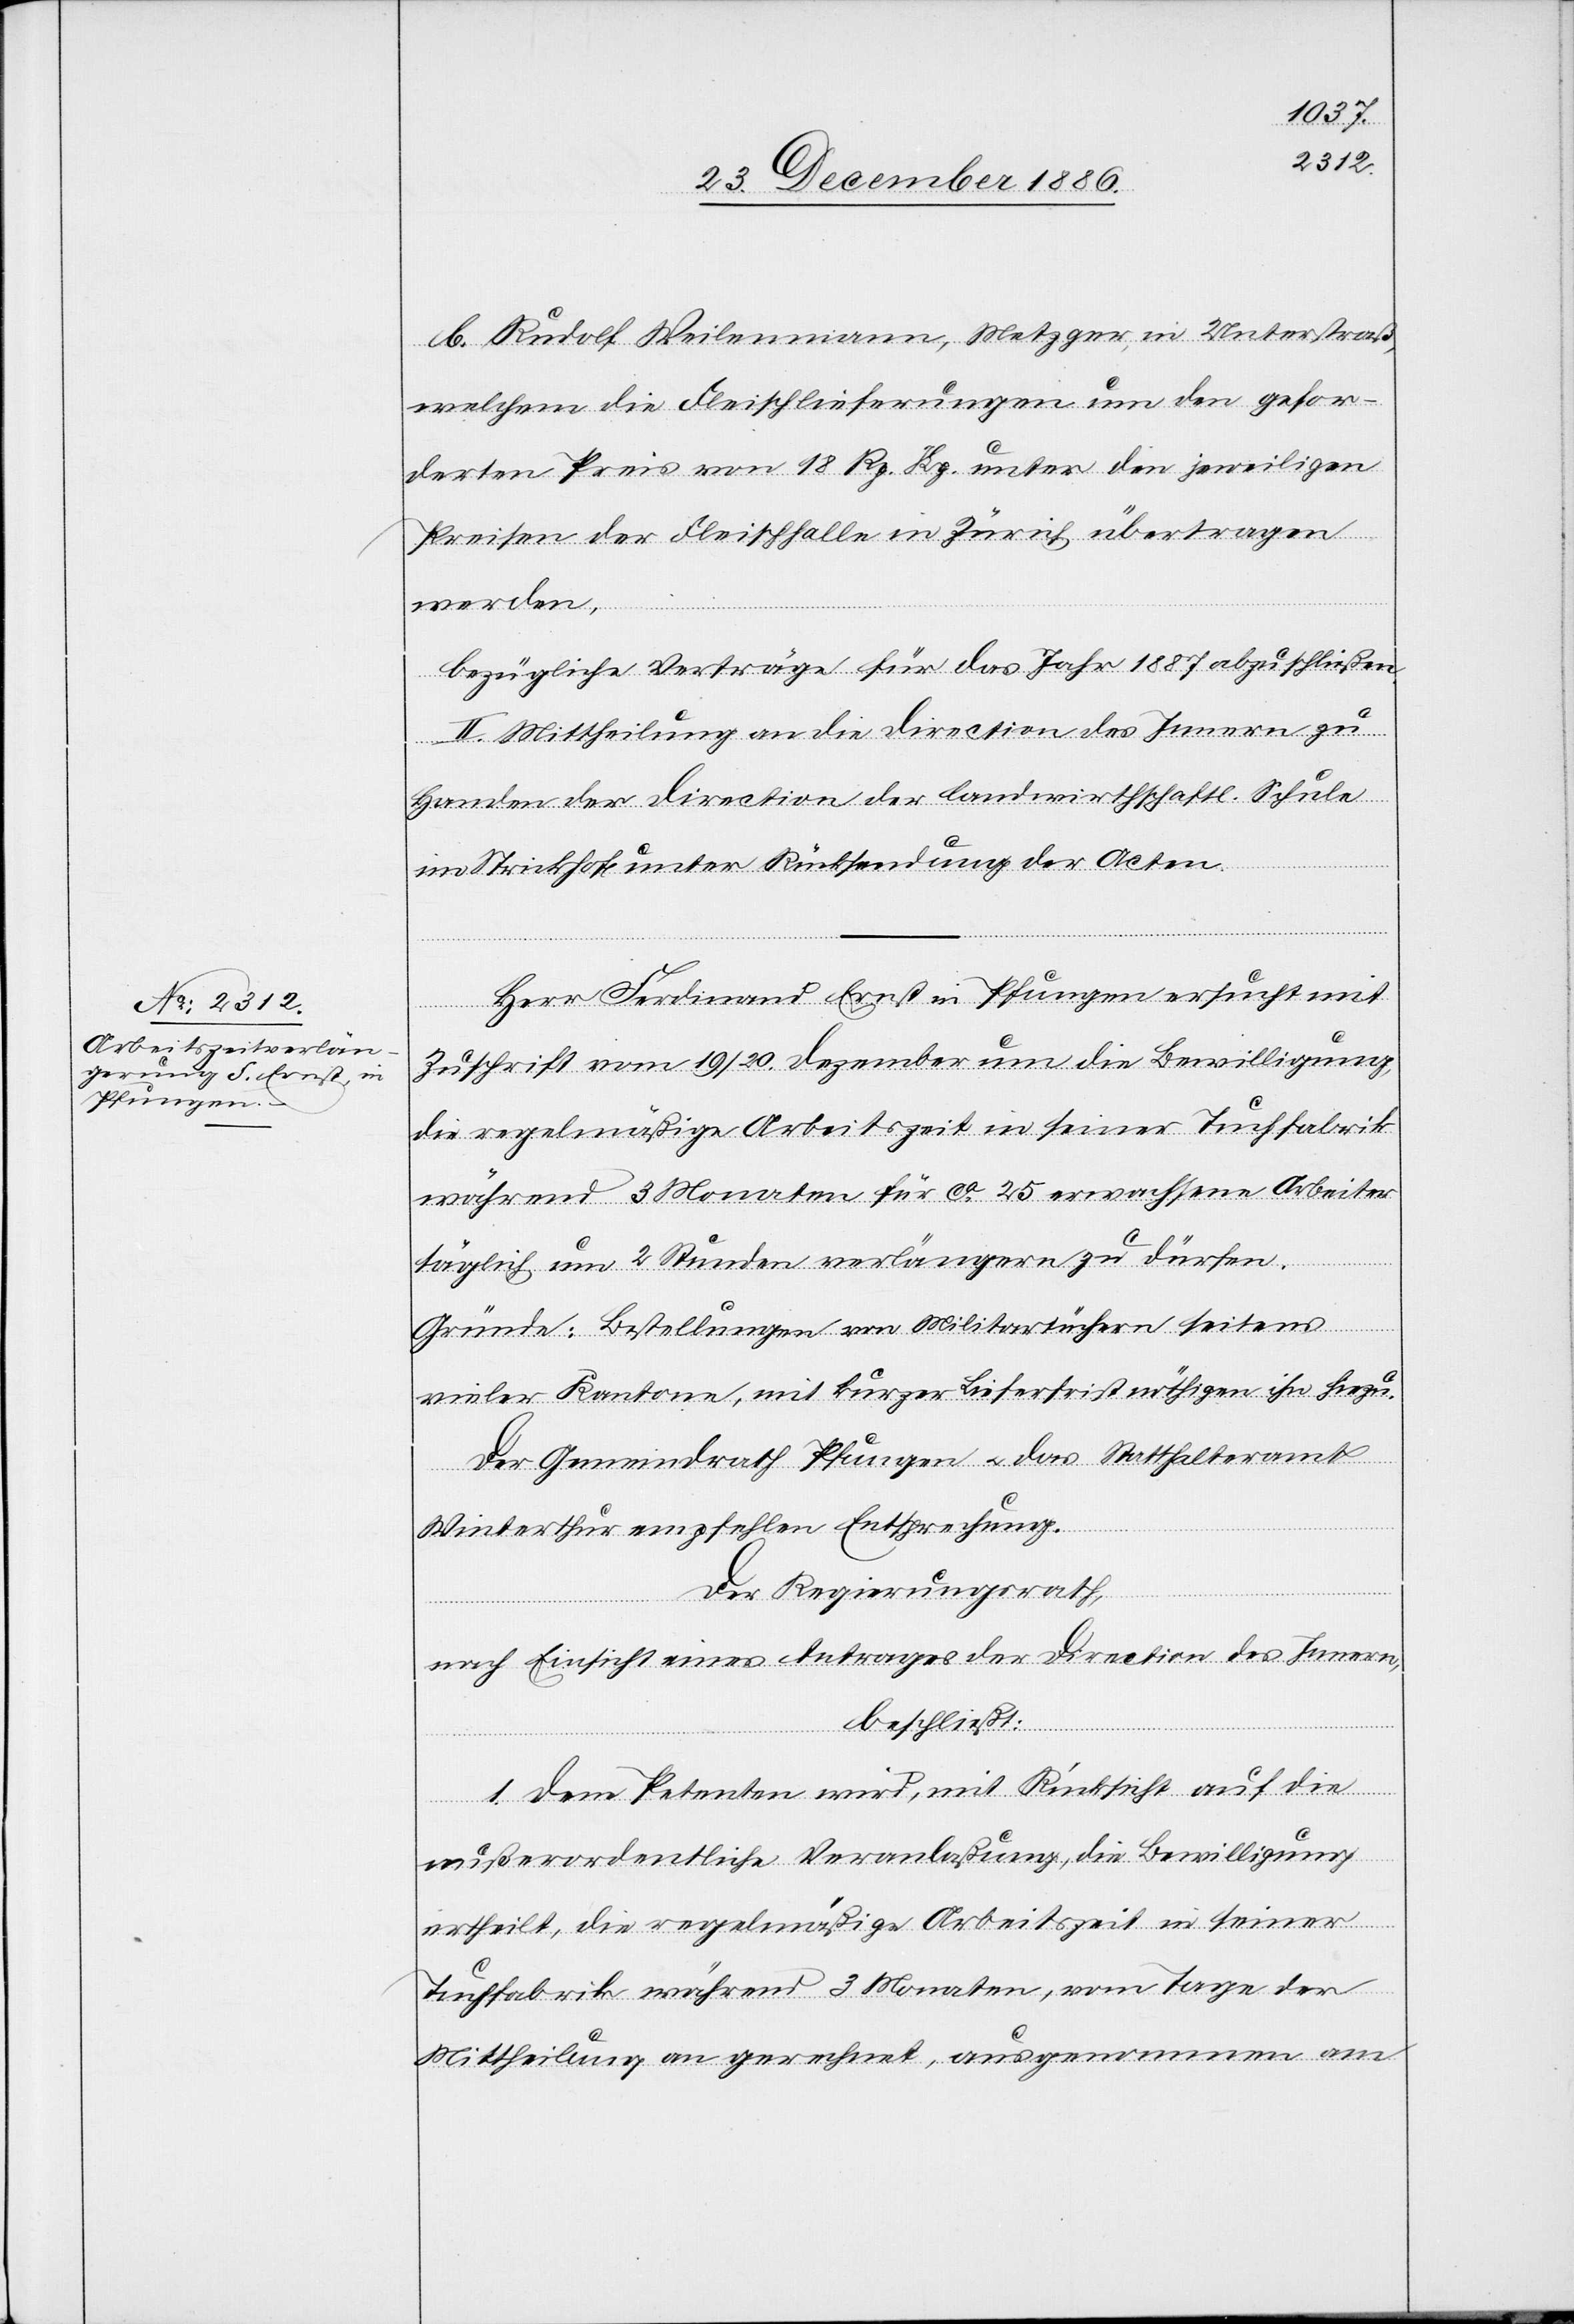
b. Rudolf Weilenmann, Metzger, in Unterstraß,
welchem die Fleischlieferungen um den gefor¬
derten Preis von 18 Rp. [pr.] Kg. unter den jeweiligen
Preisen der Fleischhalle in Zürich übertragen
werden,
bezügliche Verträge für das Jahr 1887 abzuschließen.
II. Mittheilung an die Direction des Innern zu
Handen der Direction der landwirthschaftl. Schule
im Strickhof unter Rücksendung der Acten.
Herr Ferdinand Ernst in Pflungen ersucht mit
Zuschrift vom 19./20. Dezember um die Bewilligung,
die regelmäßige Arbeitszeit in seiner Tuchfabrik
während 3 Monaten für ca 25 erwachsene Arbeiter
täglich um 2 Stunden verlängern zu dürfen.
Gründe: Bestellungen von Militärtüchern seitens
vieler Kantone, mit kurzer Lieferfrist nöthigen ihn hiezu.
Der Gemeindrath Pfungen & das Statthalteramt
Winterthur empfehlen Entsprechung.
Der Regierungsrath,
nach Einsicht eines Antrages der Direction des Innern,
beschließt:
1. Dem Petenten wird, mit Rücksicht auf die
außerordentliche Veranlaßung, die Bewilligung
ertheilt, die regelmäßige Arbeitszeit in seiner
Tuchfabrik während 3 Monaten, vom Tage der
Mittheilung an gerechnet, ausgenommen am